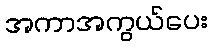
အကာအကွယ်ပေး